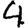
Digit: 4